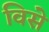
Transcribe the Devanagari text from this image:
विसे